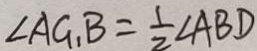
\angle A G B = \frac { 1 } { 2 } \angle A B D